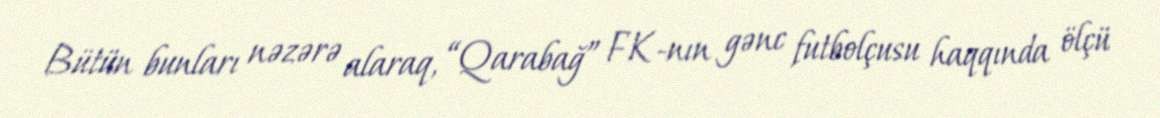
Bütün bunları nəzərə alaraq, “Qarabağ” FK-nın gənc futbolçusu haqqında ölçü